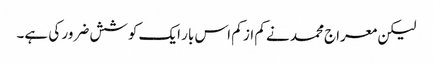
لیکن معراج محمد نے کم از کم اس بار ایک کوشش ضرور کی ہے۔